Destruction of fleas by exposure to the sun - Number 40
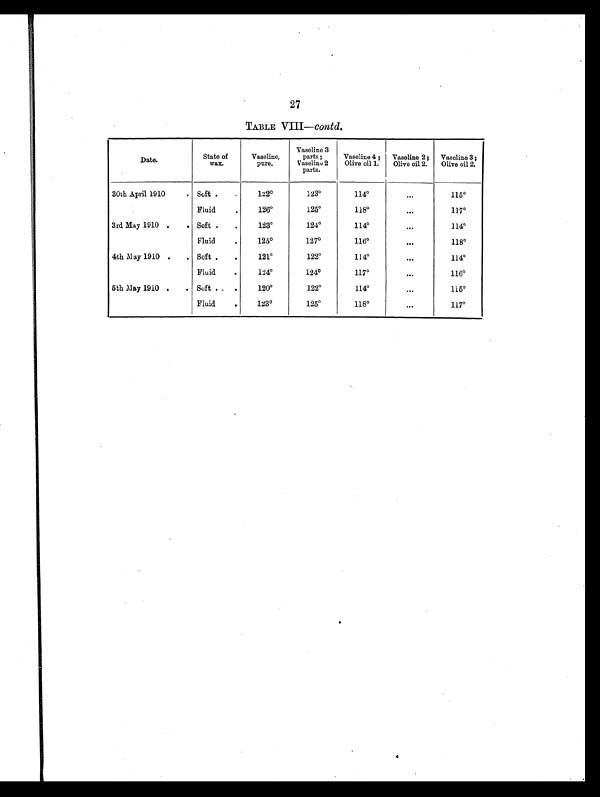
27
TABLE VIII— contd.
Date.
State of
wax.
Vaseline,
pure.
Vaseline 3
parts;
Vaseline 2
parts.
Vaseline 4;
Olive oil 1.
Vaseline 2;
Olive oil 2.
Vaseline 3;
Olive oil 2.
30th April 1910
. Soft.
.
122°123°114°. . .
115°F
luid. .
126°125°118°. . .
117°3
rd May 1910 . . Soft . .
123°124°114°...
114°F
luid
.
125°127°116°. . .
118°4
th May 1910 . . Soft. .
121°122°1 1 4°...
114°F
luid
.
124°124°117°. . .
116°5
th May 1910 . . Soft . .
120°122°114°...
115°F
luid
.
123°125°118°. . .
117°